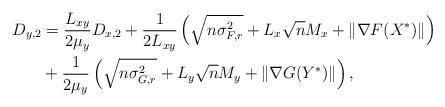
\begin{align*}D_{y, 2} &=\frac{L_{xy}}{2\mu_{y}}D_{x,2}+ \frac{1}{2L_{xy}}\left(\sqrt{n\sigma_{F,r}^2} + L_{x}\sqrt{n}M_x+\|\nabla F(X^*)\| \right)\\&+\frac{1}{2\mu_{y}}\left(\sqrt{n\sigma_{G,r}^2} + L_{y}\sqrt{n}M_y+\|\nabla G(Y^*)\| \right),\end{align*}